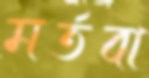
মর্তবা